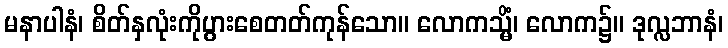
မနာပါနံ၊ စိတ်နှလုံးကိုပွားစေတတ်ကုန်သော။ လောကသ္မိံ၊ လောက၌။ ဒုလ္လဘာနံ၊